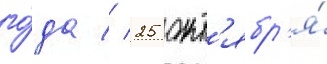
го́да // 25 окт'ябр'я́